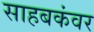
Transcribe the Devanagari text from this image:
साहबकंवर